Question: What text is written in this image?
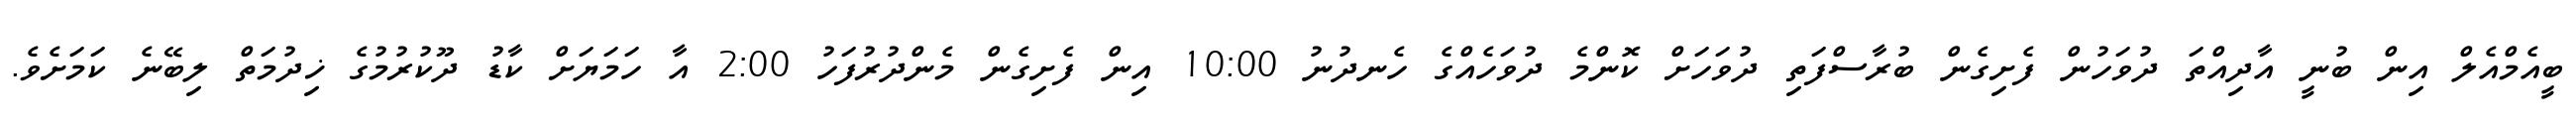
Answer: ބީއެމްއެލް އިން ބުނީ އާދިއްތަ ދުވަހުން ފެށިގެން ބުރާސްފަތި ދުވަހަށް ކޮންމެ ދުވަހެއްގެ ހެނދުނު 10:00 އިން ފެށިގެން މެންދުރުފަހު 2:00 އާ ހަމަޔަށް ކާޑު ދޫކުރުމުގެ ޚިދުމަތް ލިބޭނެ ކަމަށެވެ.